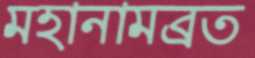
মহানামব্রত